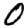
Digit: 0